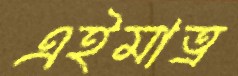
এইমাত্র